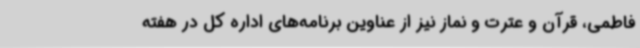
فاطمی، قرآن و عترت و نماز نیز از عناوین برنامه‌های اداره کل در هفته